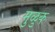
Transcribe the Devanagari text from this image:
मुळुक